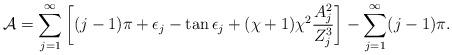
LaTeX: \begin{align*}\mathcal{A} = \sum_{j=1}^\infty \left[ (j-1)\pi + \epsilon_j -\tan \epsilon_j+ (\chi+1)\chi^2\frac{A_j^2}{Z_j^3} \right]-\sum_{j=1}^\infty (j-1)\pi.\end{align*}